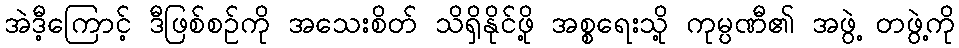
အဲဒီ့ကြောင့် ဒီဖြစ်စဉ်ကို အသေးစိတ် သိရှိနိုင်ဖို့ အစ္စရေးသို့ ကုမ္ပဏီ၏ အဖွဲ့ တဖွဲ့ကို